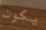
يكون